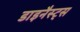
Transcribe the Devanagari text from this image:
डाइनैस्ट्स